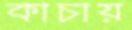
কাচায়